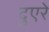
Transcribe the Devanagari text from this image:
दुएरे